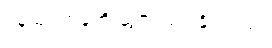
ဝန်ထုပ်တခုကို ဆွဲငင်ထားနိုင်သည်။